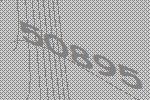
50895